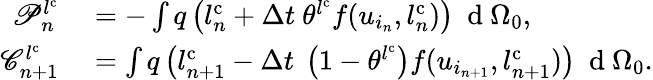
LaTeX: \begin{array}{rl}{\mathscr{P}_{n}^{l^{\mathrm{{c}}}}}&{{}=-\int q\left(l_{n}^{\mathrm{{c}}}+\Delta t\ \theta^{l^{\mathrm{{c}}}}f(u_{i_{n}},l_{n}^{\mathrm{{c}}})\right)\ \mathrm{~d~}{\Omega_{0}},}\\ {\mathscr{C}_{n+1}^{l^{\mathrm{{c}}}}}&{{}=\int q\left(l_{n+1}^{\mathrm{{c}}}-\Delta t\ \left(1-\theta^{l^{\mathrm{{c}}}}\right)f(u_{i_{n+1}},l_{n+1}^{\mathrm{{c}}})\right)\ \mathrm{~d~}{\Omega_{0}}.}\end{array}